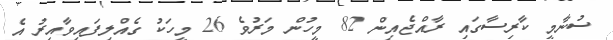
ސުނާމީ ކާރިސާގައި ރާއްޖެއިން 82 މީހުން މަރުވެ 26 މީހަކު ގެއްލިފައިވާއިރު އެ